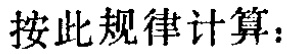
按此规律计算：